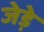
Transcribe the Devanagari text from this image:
जेड़े